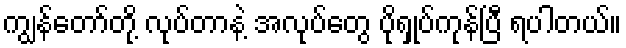
ကျွန်တော်တို့ လုပ်တာနဲ့ အလုပ်တွေ ပိုရှုပ်ကုန်ပြီ ရပါတယ်။